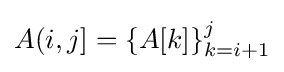
A(i,j]=\{A[k]\}_{k=i+1}^{j}